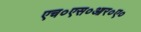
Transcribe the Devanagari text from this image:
एच०एस०आर०ए०